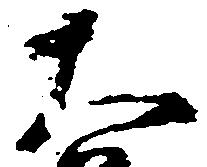
大